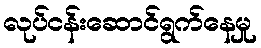
လုပ်ငန်းဆောင်ရွက်နေမှု